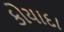
કોયાદા